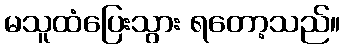
မသူထံပြေးသွား ရတော့သည်။